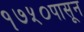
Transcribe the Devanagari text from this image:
१७५०पासून